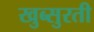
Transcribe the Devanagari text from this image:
खुब्सुरती